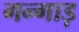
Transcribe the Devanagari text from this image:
गन्गाड़